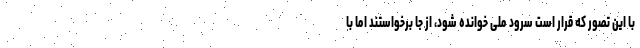
با این تصور که قرار است سرود ملی خوانده شود، از جا برخواستند اما با